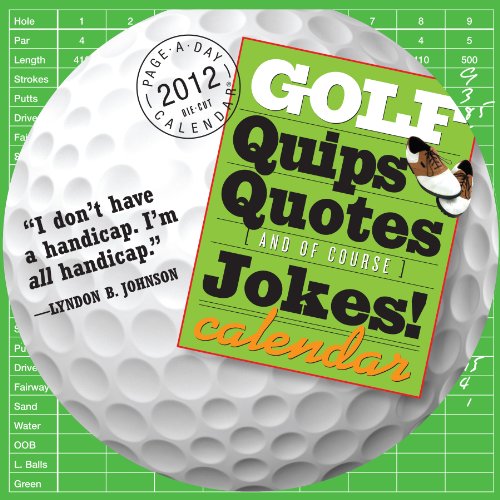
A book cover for Golf Quips, Quotes & Jokes 2012 Calendar; Brett Avery; Calendars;